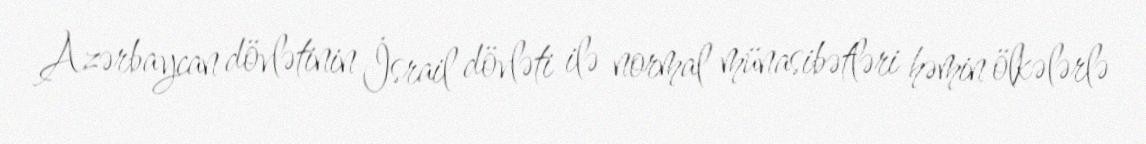
Azərbaycan dövlətinin İsrail dövləti ilə normal münasibətləri həmin ölkələrlə